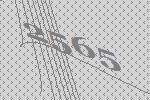
2565